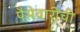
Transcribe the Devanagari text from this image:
पैसेवारीची